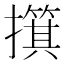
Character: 𫾑